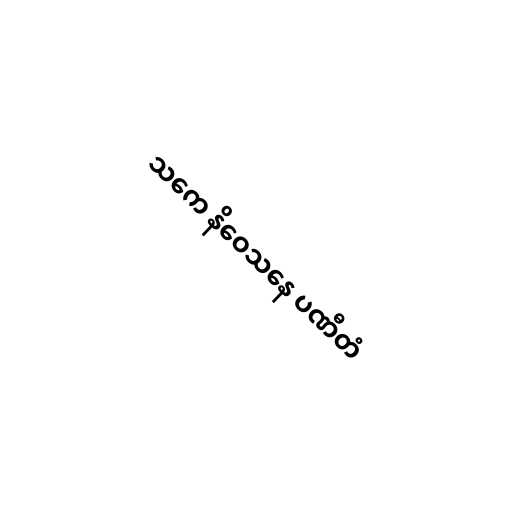
သကေ နိဝေသနေ ပဏီတံ